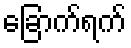
ခြောက်ရက်